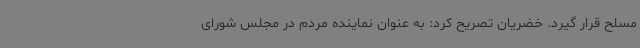
مسلح قرار گیرد. خضریان تصریح کرد: به عنوان نماینده مردم در مجلس شورای